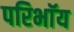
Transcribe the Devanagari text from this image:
परिभाॅय